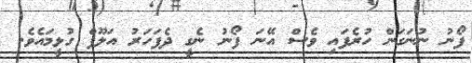
ފޯނު ނުނަގަން ހުރެފައި ވެސް އޭނަ ފޯނު ނެގީ ދެފަހަރު އަލޫފް ގުޅީމައެވެ.